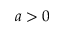
a > 0